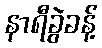
နာရီခွဲခန့်